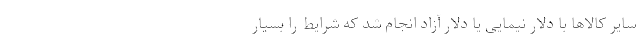
سایر کالاها با دلار نیمایی یا دلار آزاد انجام شد که شرایط را بسیار